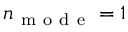
n _ { \mathrm { ~ m ~ o ~ d ~ e ~ } } = 1